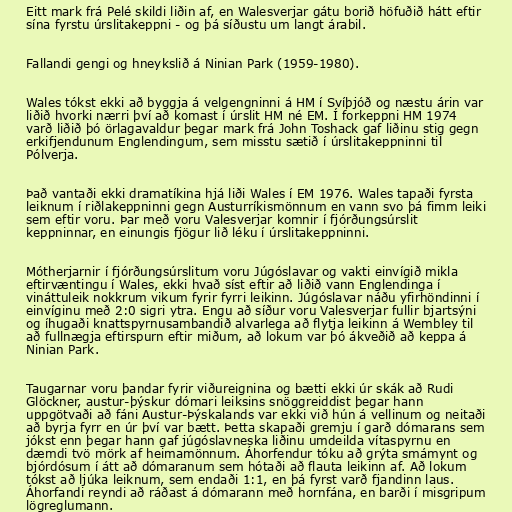
Eitt mark frá Pelé skildi liðin af, en Walesverjar gátu borið höfuðið hátt eftir
sína fyrstu úrslitakeppni - og þá síðustu um langt árabil.

Fallandi gengi og hneykslið á Ninian Park (1959-1980).

Wales tókst ekki að byggja á velgengninni á HM í Svíþjóð og næstu árin var
liðið hvorki nærri því að komast í úrslit HM né EM. Í forkeppni HM 1974
varð liðið þó örlagavaldur þegar mark frá John Toshack gaf liðinu stig gegn
erkifjendunum Englendingum, sem misstu sætið í úrslitakeppninni til
Pólverja.

Það vantaði ekki dramatíkina hjá liði Wales í EM 1976. Wales tapaði fyrsta
leiknum í riðlakeppninni gegn Austurríkismönnum en vann svo þá fimm leiki
sem eftir voru. Þar með voru Valesverjar komnir í fjórðungsúrslit
keppninnar, en einungis fjögur lið léku í úrslitakeppninni.

Mótherjarnir í fjórðungsúrslitum voru Júgóslavar og vakti einvígið mikla
eftirvæntingu í Wales, ekki hvað síst eftir að liðið vann Englendinga í
vináttuleik nokkrum vikum fyrir fyrri leikinn. Júgóslavar náðu yfirhöndinni í
einvíginu með 2:0 sigri ytra. Engu að síður voru Valesverjar fullir bjartsýni
og íhugaði knattspyrnusambandið alvarlega að flytja leikinn á Wembley til
að fullnægja eftirspurn eftir miðum, að lokum var þó ákveðið að keppa á
Ninian Park.

Taugarnar voru þandar fyrir viðureignina og bætti ekki úr skák að Rudi
Glöckner, austur-þýskur dómari leiksins snöggreiddist þegar hann
uppgötvaði að fáni Austur-Þýskalands var ekki við hún á vellinum og neitaði
að byrja fyrr en úr því var bætt. Þetta skapaði gremju í garð dómarans sem
jókst enn þegar hann gaf júgóslavneska liðinu umdeilda vítaspyrnu en
dæmdi tvö mörk af heimamönnum. Áhorfendur tóku að grýta smámynt og
bjórdósum í átt að dómaranum sem hótaði að flauta leikinn af. Að lokum
tókst að ljúka leiknum, sem endaði 1:1, en þá fyrst varð fjandinn laus.
Áhorfandi reyndi að ráðast á dómarann með hornfána, en barði í misgripum
lögreglumann.